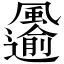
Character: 𩙋